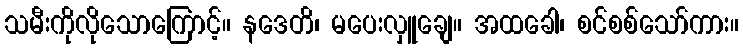
သမီးကိုလိုသောကြောင့်။ နဒေတိ၊ မပေးလှူချေ။ အထခေါ၊ စင်စစ်သော်ကား။